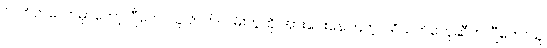
လတ်တလောမှာတော့ ဂျီဟောသူ ဇာတ်လမ်းတွဲကို အားပေးနေကြတဲ့ ပရိသတ်တွေဆီက ဂျီဟောသူ